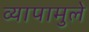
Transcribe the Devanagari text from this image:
व्यापामुले